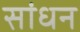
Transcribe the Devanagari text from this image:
सांधन